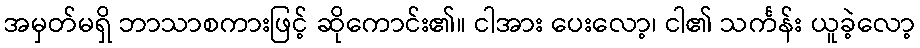
အမှတ်မရှိ ဘာသာစကားဖြင့် ဆိုကောင်း၏။ ငါအား ပေးလော့၊ ငါ၏ သင်္ကန်း ယူခဲ့လော့